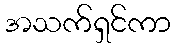
အသက်ရှင်ကာ